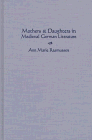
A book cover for Mothers and Daughters in Medieval German Literature; Ann Marie Rasmussen; Gay & Lesbian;